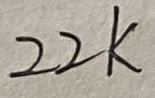
Text: 22K